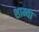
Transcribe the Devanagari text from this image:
शाम्वा